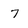
Character: 7